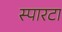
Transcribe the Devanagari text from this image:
स्पारटा